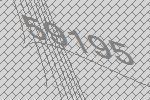
59195